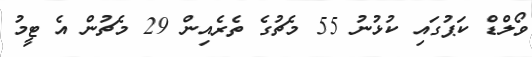
ވޯލްޑް ކަޕުގައި ކުޅުނު 55 މެޗުގެ ތެރެއިން 29 މެޗުން އެ ޓީމު